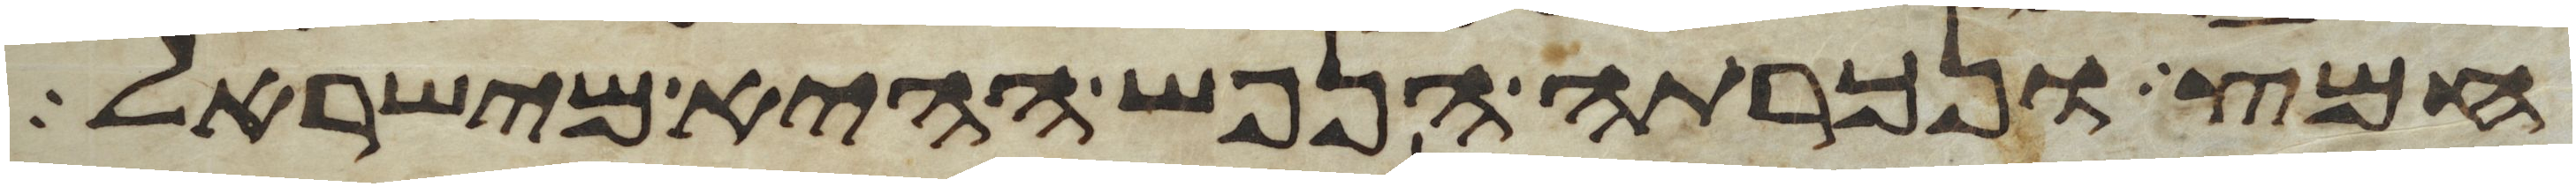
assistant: חמץ ונכרתה הנפש ההיא מישראל